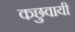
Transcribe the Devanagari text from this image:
कछुवायी